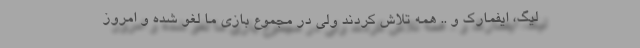
لیگ، ایفمارک و .. همه تلاش کردند ولی در مجموع بازی ما لغو شده و امروز